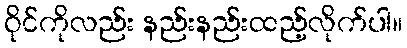
ဝိုင်ကိုလည်း နည်းနည်းထည့်လိုက်ပါ။